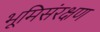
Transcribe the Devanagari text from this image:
भूमिसंरक्षण